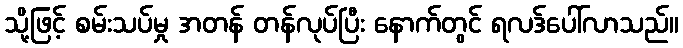
သို့ဖြင့် စမ်းသပ်မှု အတန် တန်လုပ်ပြီး နောက်တွင် ရလဒ်ပေါ်လာသည်။